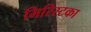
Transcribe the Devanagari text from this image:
मिरिस्टका